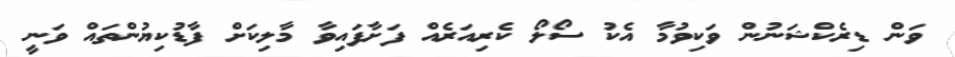
ވަން ޑިރެކްޝަނުން ވަކިވުމާ އެކު ސޯލޯ ކެރިއަރެއް ފަށާފައިވާ މާލިކަށް ފާޑުކިޔުންތައް ވަނީ